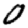
Digit: 0